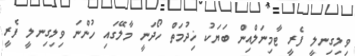
ވިލިގިނލީ ފެރީ ޓާމިނަލްއިން ބަޔަކު ޚިދުމަތް ހޯދަނީ މާލޭގައި ހުންނަ ވިލިގިނލީ ފެރީ